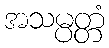
အသမ္ပတ္တံ